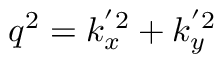
q ^ { 2 } = k _ { x } ^ { ' 2 } + k _ { y } ^ { ' 2 }